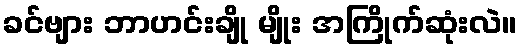
ခင်ဗျား ဘာဟင်းချို မျိုး အကြိုက်ဆုံးလဲ။